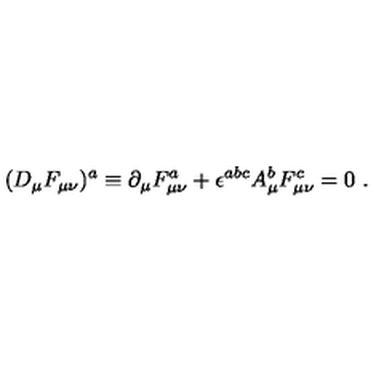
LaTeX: ( D _ { \mu } F _ { \mu \nu } ) ^ { a } \equiv \partial _ { \mu } F _ { \mu \nu } ^ { a } + \epsilon ^ { a b c } A _ { \mu } ^ { b } F _ { \mu \nu } ^ { c } = 0 \ .